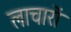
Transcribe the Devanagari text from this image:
लाचारों